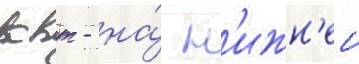
квт - на́ н'ижн'еи